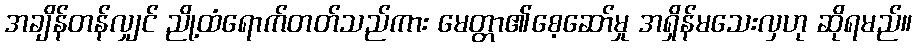
အချိန်တန်လျှင် ညို့ထံရောက်တတ်သည်ကား မေတ္တာ၏စေ့ဆော်မှု အရှိန်မသေးလှဟု ဆိုရမည်။